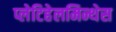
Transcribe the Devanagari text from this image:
प्लेटिहेलमिन्थेस